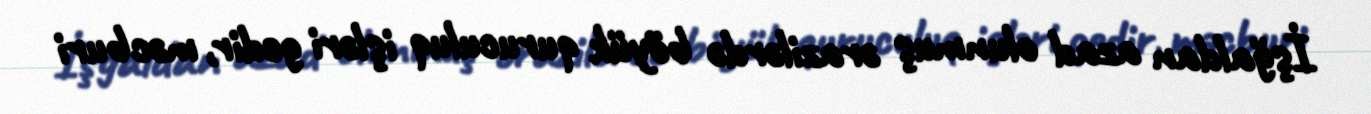
İşğaldan azad olunmuş ərazilərdə böyük quruculuq işləri gedir, məcburi